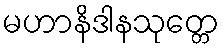
မဟာနိဒါနသုတ္တေ